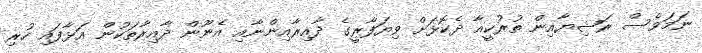
ނަމަވެސް ރަޝިޔާއިން ތުރުކީއާ ދެކޮޅަށް ވިޔަފާރީގެ ދާއިރާއިންނާއި އެނޫން ދާއިރާތަކުން އަޅާފައި ހުރި